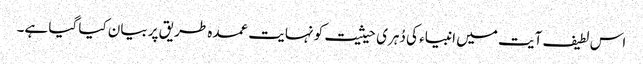
اس لطیف آیت میں انبیاء کی دُہری حیثیت کو نہایت عمدہ طریق پر بیان کیا گیا ہے۔